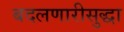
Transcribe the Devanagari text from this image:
बदलणारीसुद्धा